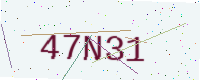
Text: 47N31